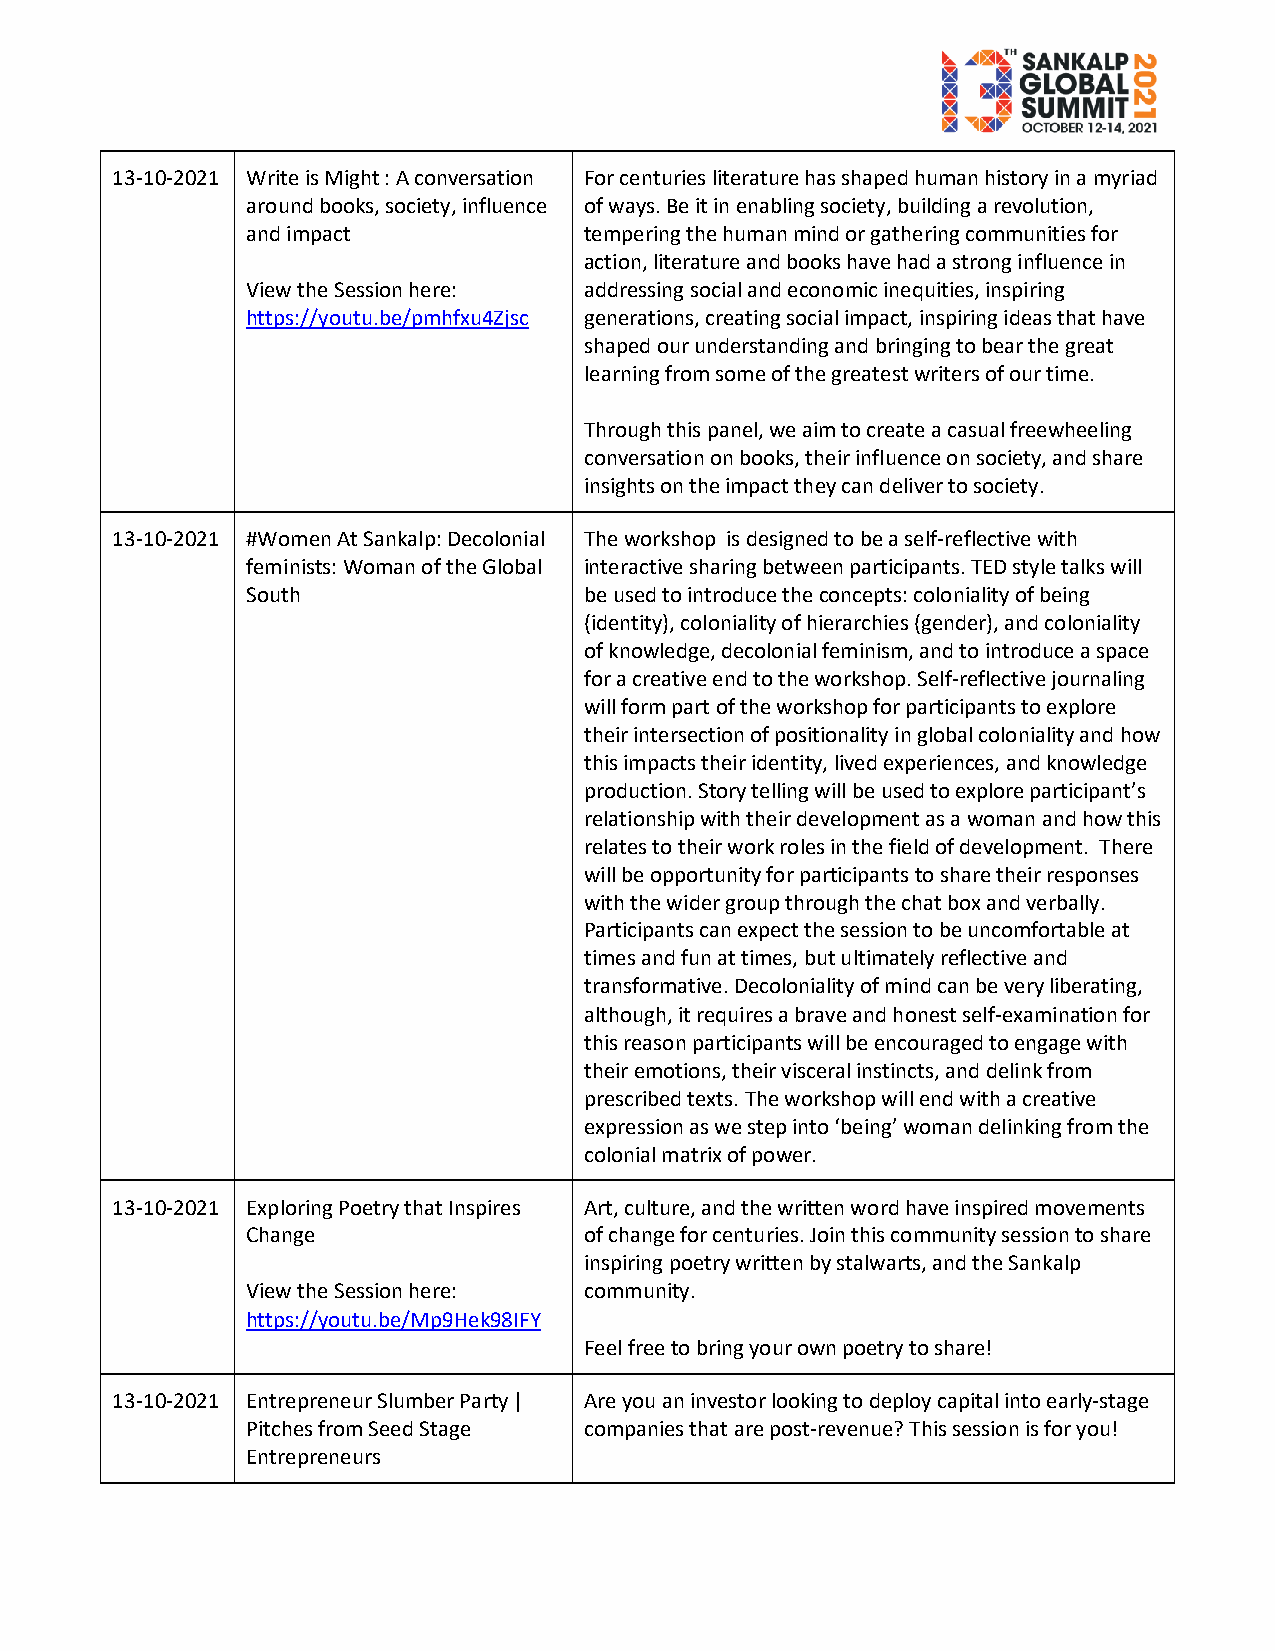
13-10-2021 Write is Might : A conversation For centuries literature has shaped human history in a myriad
 around books, society, influence of ways. Be it in enabling society, building a revolution,
 and impact             tempering the human mind or gathering communities for
 action, literature and books have had a strong influence in
 View the Session here: addressing social and economic inequities, inspiring
 https://youtu.be/pmhfxu4Zjsc generations, creating social impact, inspiring ideas that have
 shaped our understanding and bringing to bear the great
 learning from some of the greatest writers of our time.
 Through this panel, we aim to create a casual freewheeling
 conversation on books, their influence on society, and share
 insights on the impact they can deliver to society.
 13-10-2021 #Women At Sankalp: Decolonial The workshop is designed to be a self-reflective with
 feminists: Woman of the Global interactive sharing between participants. TED style talks will
 South                  be used to introduce the concepts: coloniality of being
 (identity), coloniality of hierarchies (gender), and coloniality
 of knowledge, decolonial feminism, and to introduce a space
 for a creative end to the workshop. Self-reflective journaling
 will form part of the workshop for participants to explore
 their intersection of positionality in global coloniality and how
 this impacts their identity, lived experiences, and knowledge
 production. Story telling will be used to explore participant’s
 relationship with their development as a woman and how this
 relates to their work roles in the field of development. There
 will be opportunity for participants to share their responses
 with the wider group through the chat box and verbally.
 Participants can expect the session to be uncomfortable at
 times and fun at times, but ultimately reflective and
 transformative. Decoloniality of mind can be very liberating,
 although, it requires a brave and honest self-examination for
 this reason participants will be encouraged to engage with
 their emotions, their visceral instincts, and delink from
 prescribed texts. The workshop will end with a creative
 expression as we step into ‘being’ woman delinking from the
 colonial matrix of power.
 13-10-2021 Exploring Poetry that Inspires Art, culture, and the written word have inspired movements
 Change                 of change for centuries. Join this community session to share
 inspiring poetry written by stalwarts, and the Sankalp
 View the Session here: community.
 https://youtu.be/Mp9Hek98IFY
 Feel free to bring your own poetry to share!
 13-10-2021 Entrepreneur Slumber Party | Are you an investor looking to deploy capital into early-stage
 Pitches from Seed Stage companies that are post-revenue? This session is for you!
 Entrepreneurs